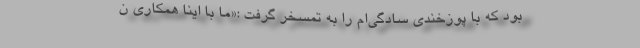
بود که با پوزخندی سادگی‌ام را به تمسخر گرفت :«ما با اینا همکاری ن